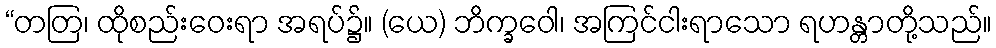
“တတြ၊ ထိုစည်းဝေးရာ အရပ်၌။ (ယေ) ဘိက္ခဝေါ၊ အကြင်ငါးရာသော ရဟန္တာတို့သည်။